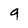
Character: 9